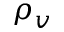
\rho _ { v }